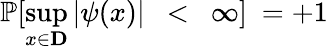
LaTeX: \mathbb{P}[\operatorname*{sup}_{x\in\mathbf{D}}|\psi({x})|~~<~~\infty]~=+1